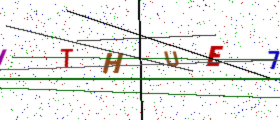
Text: ITHUE7